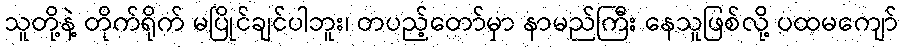
သူတို့နဲ့ တိုက်ရိုက် မပြိုင်ချင်ပါဘူး၊ တပည့်တော်မှာ နာမည်ကြီး နေသူဖြစ်လို့ ပထမကျော်